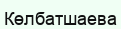
Көлбатшаева